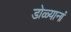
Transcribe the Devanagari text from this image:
डोळ्यानां